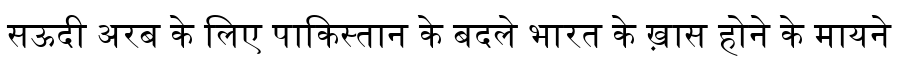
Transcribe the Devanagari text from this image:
सऊदी अरब के लिए पाकिस्तान के बदले भारत के ख़ास होने के मायने